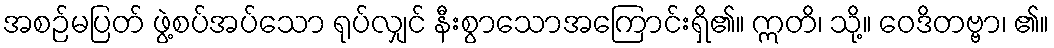
အစဉ်မပြတ် ဖွဲ့စပ်အပ်သော ရုပ်လျှင် နီးစွာသောအကြောင်းရှိ၏။ ဣတိ၊ သို့။ ဝေဒိတဗ္ဗာ၊ ၏။